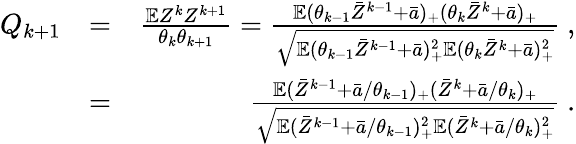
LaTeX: \begin{array}{rlr}{Q_{k+1}}&{=}&{\frac{{{\mathbb E}}Z^{k}Z^{k+1}}{\theta_{k}\theta_{k+1}}=\frac{{{\mathbb E}}(\theta_{k-1}\bar{Z}^{k-1}+\bar{a})_{+}(\theta_{k}\bar{Z}^{k}+\bar{a})_{+}}{\sqrt{{{\mathbb E}}(\theta_{k-1}\bar{Z}^{k-1}+\bar{a})_{+}^{2}{{\mathbb E}}(\theta_{k}\bar{Z}^{k}+\bar{a})_{+}^{2}}}\ ,}\\ &{=}&{\frac{{{\mathbb E}}(\bar{Z}^{k-1}+\bar{a}/\theta_{k-1})_{+}(\bar{Z}^{k}+\bar{a}/\theta_{k})_{+}}{\sqrt{{{\mathbb E}}(\bar{Z}^{k-1}+\bar{a}/\theta_{k-1})_{+}^{2}{{\mathbb E}}(\bar{Z}^{k}+\bar{a}/\theta_{k})_{+}^{2}}}\ .}\end{array}